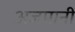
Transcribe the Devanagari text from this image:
अजमानी